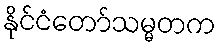
နိုင်ငံတော်သမ္မတက